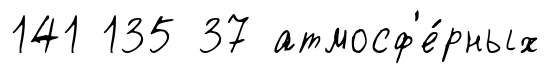
141 135 37 атмосф'е́рных